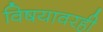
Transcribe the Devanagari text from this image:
विषयावरही